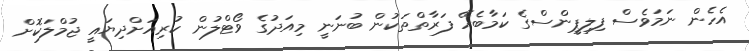
އެހެން ނަމަވެސް ފިލިޕީންސްގެ ކަމާބެހޭ ފަރާތްތަކުން ބުނަނީ މިއަދުގެ ވޯޓްލުން ކުރިއަށްދިޔައީ ޖުމްލަކޮށް